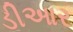
ડીઆર